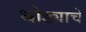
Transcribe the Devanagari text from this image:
थोड्याचे